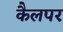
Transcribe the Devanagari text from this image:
कैलपर